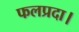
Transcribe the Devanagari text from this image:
फलप्रदा।